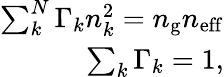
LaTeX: \begin{array}{r}{\sum_{k}^{N}\Gamma_{k}n_{k}^{2}=n_{\mathrm{g}}n_{\mathrm{eff}}}\\ {\sum_{k}\Gamma_{k}=1,}\end{array}